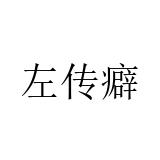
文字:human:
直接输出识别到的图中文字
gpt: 左传癖